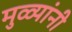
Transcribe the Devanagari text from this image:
मुळ्यांनी